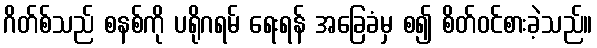
ဂိတ်စ်သည် စနစ်ကို ပရိုဂရမ် ရေးရန် အခြေခံမှ စ၍ စိတ်ဝင်စားခဲ့သည်။